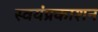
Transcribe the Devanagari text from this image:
स्वयंप्रकाशन